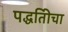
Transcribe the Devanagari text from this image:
पद्धतिीचा